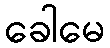
ခေါမေ